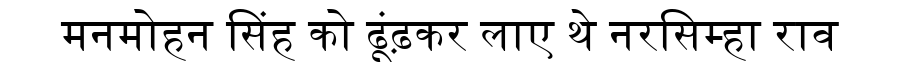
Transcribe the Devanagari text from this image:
मनमोहन सिंह को ढूंढ़कर लाए थे नरसिम्हा राव